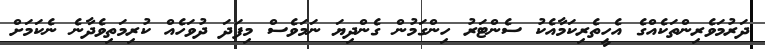
ދަރުމަވެރިންތަކެއްގެ އެހީތެރިކަމާއެކު ސެންޓަރު ހިންގަމުން ގެންދިޔަ ނަމަވެސް މިފަދަ ދުވަހެއް ކުރިމަތިވެދާނެ ނެކަމަށް